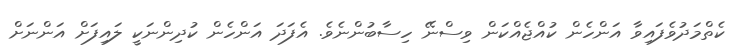
ކެތްމަދުވެފައިވާ އަންހެން ކުއްޖެއްކަން ވިސްނޭ ހިސާބުންނެވެ. އެފަދަ އަންހެން ކުދިންނަކީ ލައިފަށް އަންނަށް